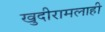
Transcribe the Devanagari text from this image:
खुदीरामलाही